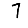
Digit: 7